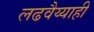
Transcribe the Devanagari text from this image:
लढवैय्याही